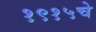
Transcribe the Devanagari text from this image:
१९१५चे